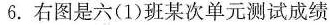
6. 右图是六(1)班某次单元测试成绩